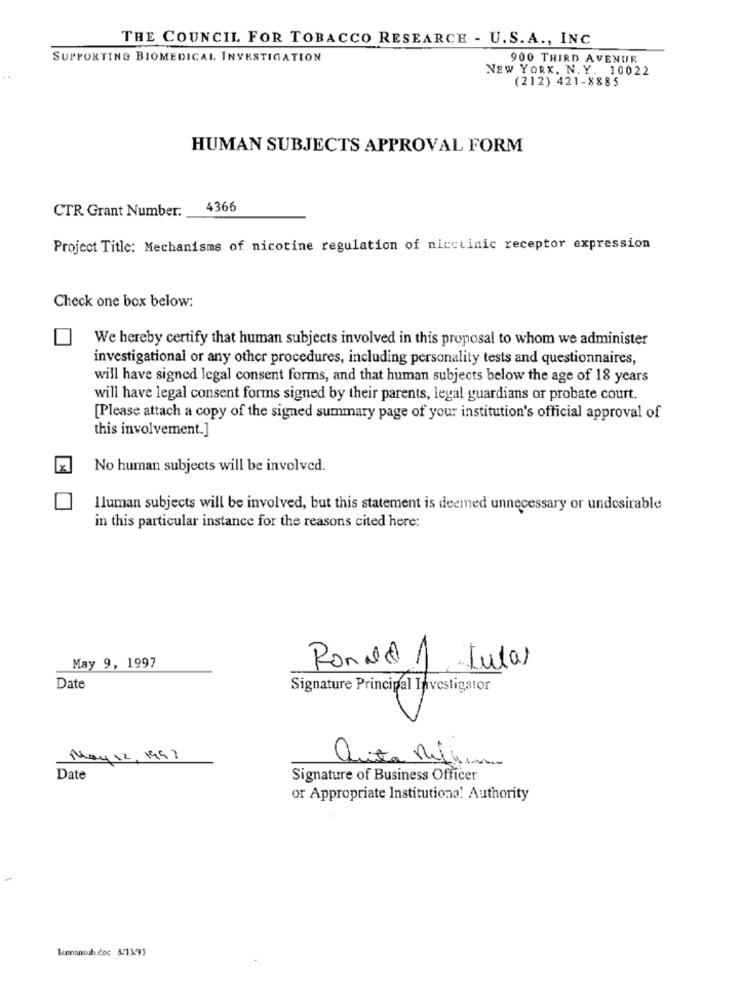
THE COUNCIL FOR TOBACCO RESEARCH - U.S. A ., INC
SUPPORTING BIOMEDICAL INVESTIGATION
900 THIRD AVENUE
NEW YORK, N. Y. 10022
(212) 421-8885
HUMAN SUBJECTS APPROVAL FORM
CTR Grant Number:
4366
Project Title: Mechanisms of nicotine regulation of nicciinic receptor expression
Check one box below:
We hereby certify that human subjects involved in this proposal to whom we administer
investigational or any other procedures, including personality tests and questionnaires,
will have signed legal consent forms, and that human subjects below the age of 18 years
will have legal consent forms signed by their parents, legal guardians or probate court.
[Please attach a copy of the signed summary page of your institution's official approval of
this involvement.]
No human subjects will be involved.
Iluman subjects will be involved, but this statement is deemed unnecessary or undesirable
in this particular instance for the reasons cited here:
May 9, 1997
Ronald A Lutar
Date
Signature Principal Investigator
May 12, 1997
Quita Milian
Date
Signature of Business Officer
or Appropriate Institutiona! Authority
humansub.doc &/13.93